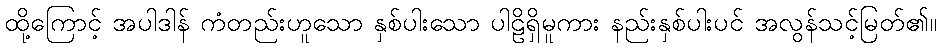
ထို့ကြောင့် အပါဒါန် ကံတည်းဟူသော နှစ်ပါးသော ပါဠိရှိမူကား နည်းနှစ်ပါးပင် အလွန်သင့်မြတ်၏။